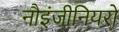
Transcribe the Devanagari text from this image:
नौइंजीनियरों